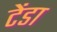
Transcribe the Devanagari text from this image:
टेंडा